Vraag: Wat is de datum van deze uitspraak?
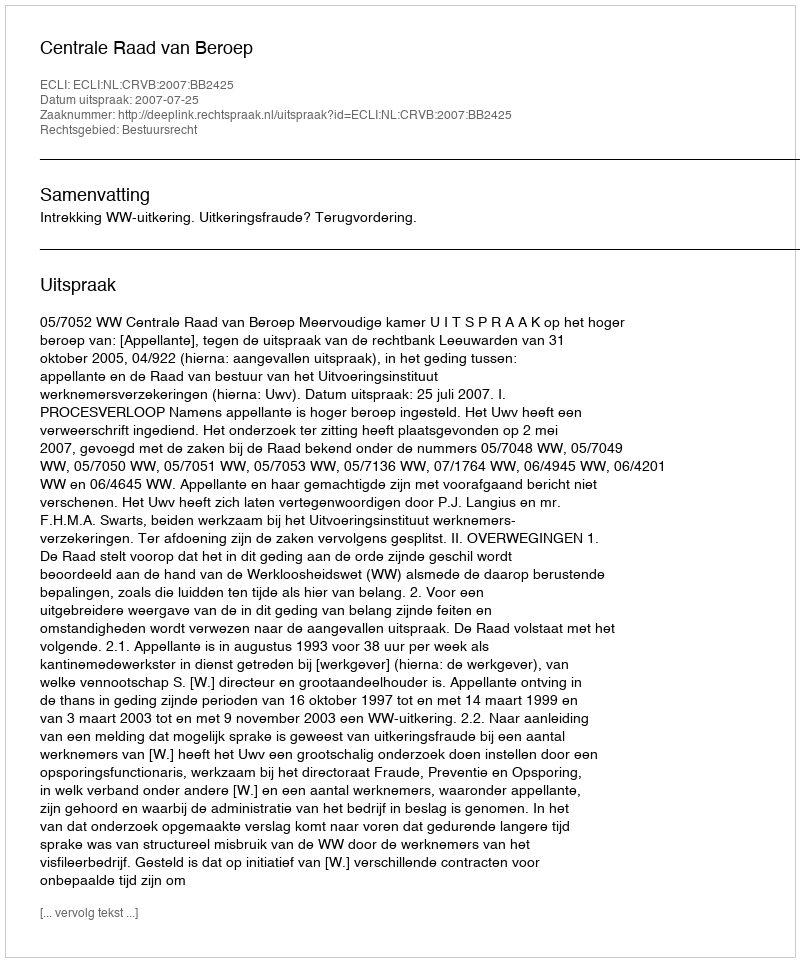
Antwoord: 2007-07-25